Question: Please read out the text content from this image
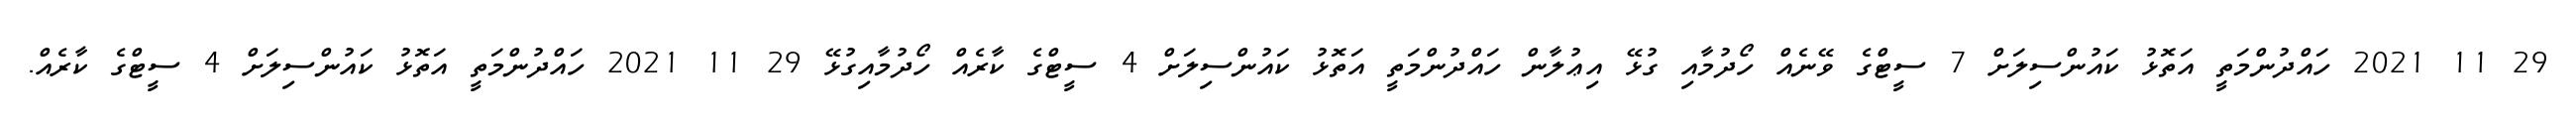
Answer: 29 11 2021 ހައްދުންމަތީ އަތޮޅު ކައުންސިލަށް 7 ސީޓްގެ ވޭނެއް ހޯދުމާއި ގުޅޭ އިޢުލާން ހައްދުންމަތީ އަތޮޅު ކައުންސިލަށް 4 ސީޓްގެ ކާރެއް ހޯދުމާއިގުޅޭ 29 11 2021 ހައްދުންމަތީ އަތޮޅު ކައުންސިލަށް 4 ސީޓްގެ ކާރެއް.